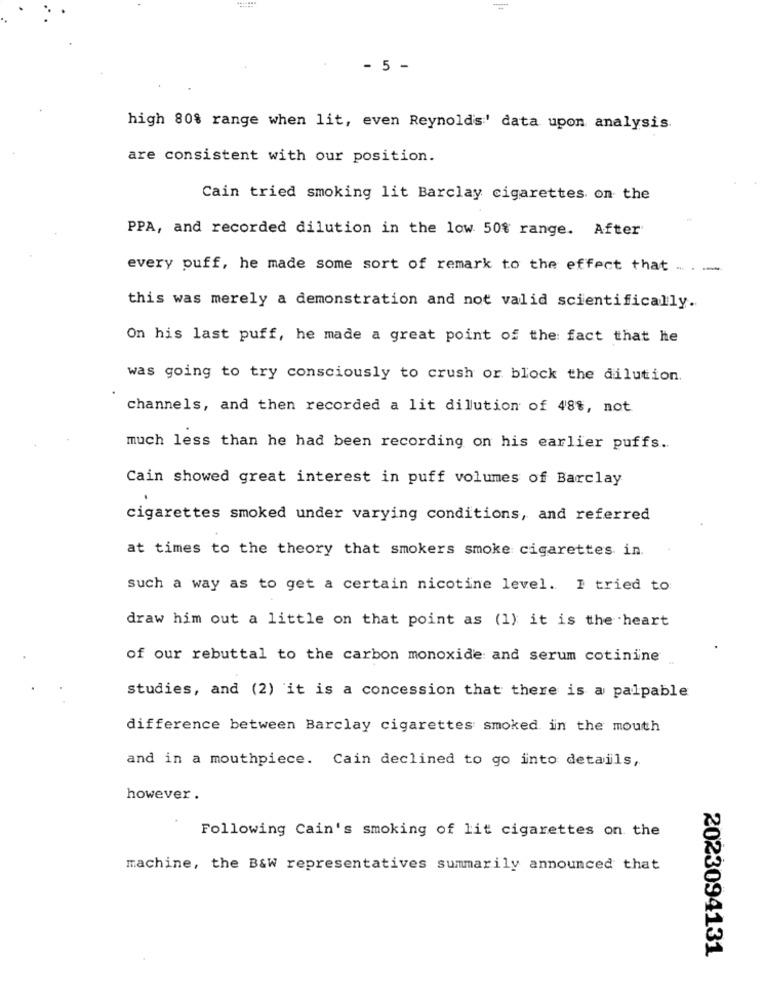
- 5 -
high 80% range when lit, even Reynold's' data upon analysis.
are consistent with our position.
Cain tried smoking lit Barclay cigarettes on the
PPA, and recorded dilution in the low 50% range. After
every puff, he made some sort of remark to the effect that .. . .....
this was merely a demonstration and not valid scientifically.
On his last puff, he made a great point of the fact that he
was going to try consciously to crush or block the dilution.
channels, and then recorded a lit dilution of 48%, not
much less than he had been recording on his earlier puffs.
Cain showed great interest in puff volumes of Barclay
cigarettes smoked under varying conditions, and referred
at times to the theory that smokers smoke cigarettes in.
such a way as to get a certain nicotine level. I tried to
draw him out a little on that point as (1) it is the heart
of our rebuttal to the carbon monoxide and serum cotinine
studies, and (2) it is a concession that there is a palpable
difference between Barclay cigarettes smoked in the mouth
and in a mouthpiece. Cain declined to go into details,
however .
Following Cain's smoking of lit cigarettes on the
machine, the B&W representatives summarily announced that
2023094131